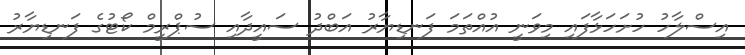
އިސްލާހު ހުށަހަޅާފައި މިވަނީ އުއްތަމަ ފަނޑިޔާރު އަބްދު ސައީދާއި ސުޕްރީމް ކޯޓުގެ ފަނޑިޔާރު